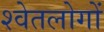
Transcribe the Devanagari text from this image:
श्वेतलोगों